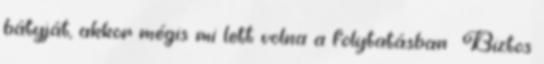
bátyját, akkor mégis mi lett volna a folytatásban Biztos